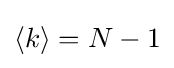
{\left\langle k\right\rangle =N-1}